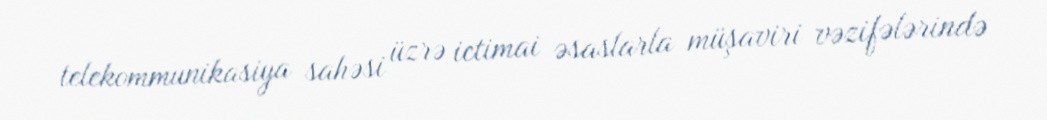
telekommunikasiya sahəsi üzrə ictimai əsaslarla müşaviri vəzifələrində